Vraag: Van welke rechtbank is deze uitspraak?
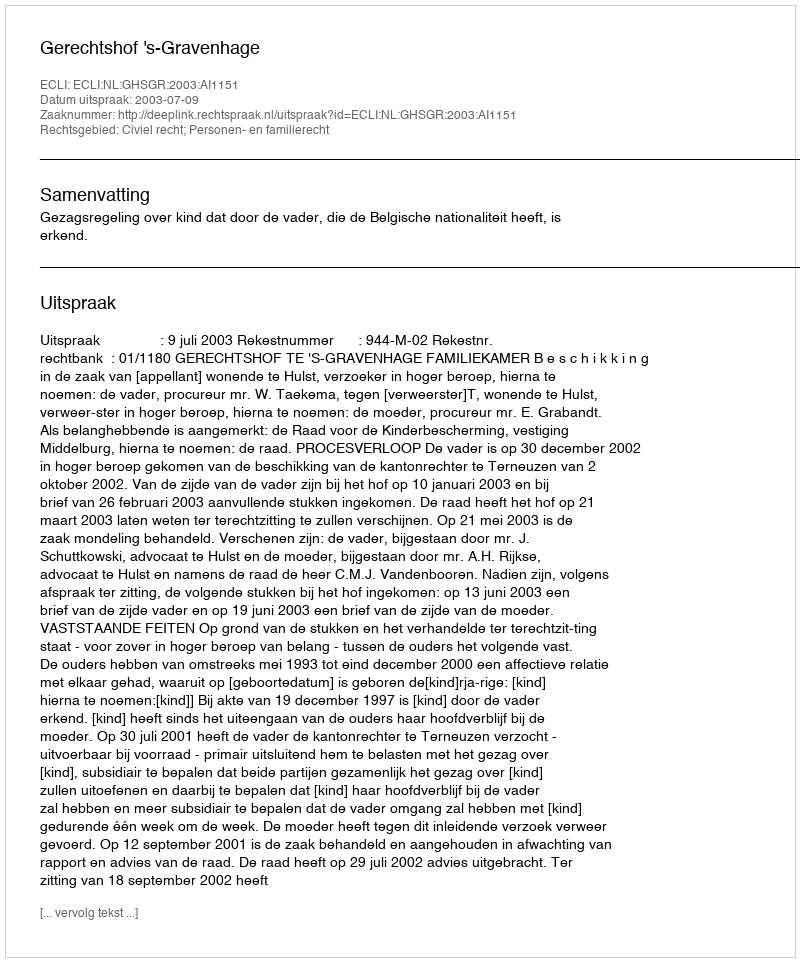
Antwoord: Gerechtshof 's-Gravenhage